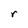
Character: r